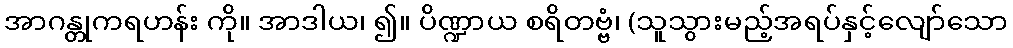
အာဂန္တုကရဟန်း ကို။ အာဒါယ၊ ၍။ ပိဏ္ဍာယ စရိတဗ္ဗံ၊ (သူသွားမည့်အရပ်နှင့်လျော်သော